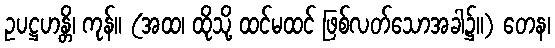
ဥပဋ္ဌဟန္တိ၊ ကုန်။ (အထ၊ ထိုသို့ ထင်မထင် ဖြစ်လတ်သောအခါ၌။) တေန၊